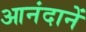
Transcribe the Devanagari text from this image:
आनंदानें